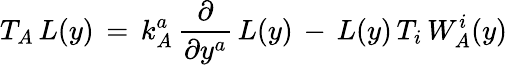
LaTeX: T_{A}\, L(y)\, =\, k_{A}^{a}\, \frac{\partial}{\partial y^{a}}\, L(y)\, -\, L(y)\, T_{i}\, W_{A}^{i}(y)